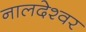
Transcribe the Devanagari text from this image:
नालदेश्वर